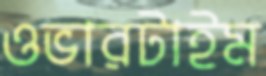
ওভারটাইম